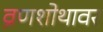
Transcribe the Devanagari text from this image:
व्रणशोथावर